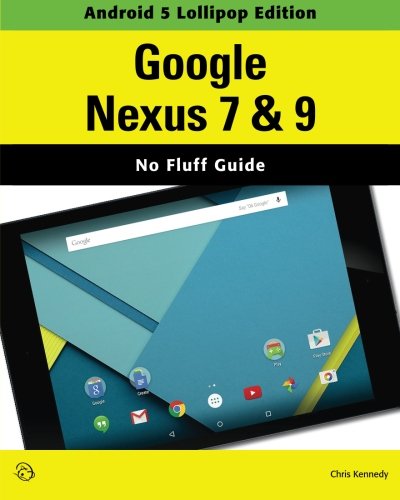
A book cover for Google Nexus 7 & 9 (Android 5 Lollipop Edition); Chris Kennedy; Computers & Technology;